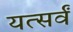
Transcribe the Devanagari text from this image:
यत्सर्वं